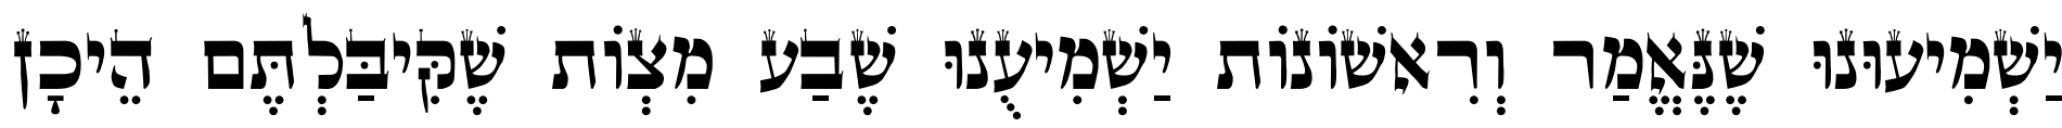
יַשְׁמִיעוּנוּ שֶׁנֶּאֱמַר וְרִאשׁוֹנוֹת יַשְׁמִיעֻנוּ שֶׁבַע מִצְוֹת שֶׁקִּיבַּלְתֶּם הֵיכָן